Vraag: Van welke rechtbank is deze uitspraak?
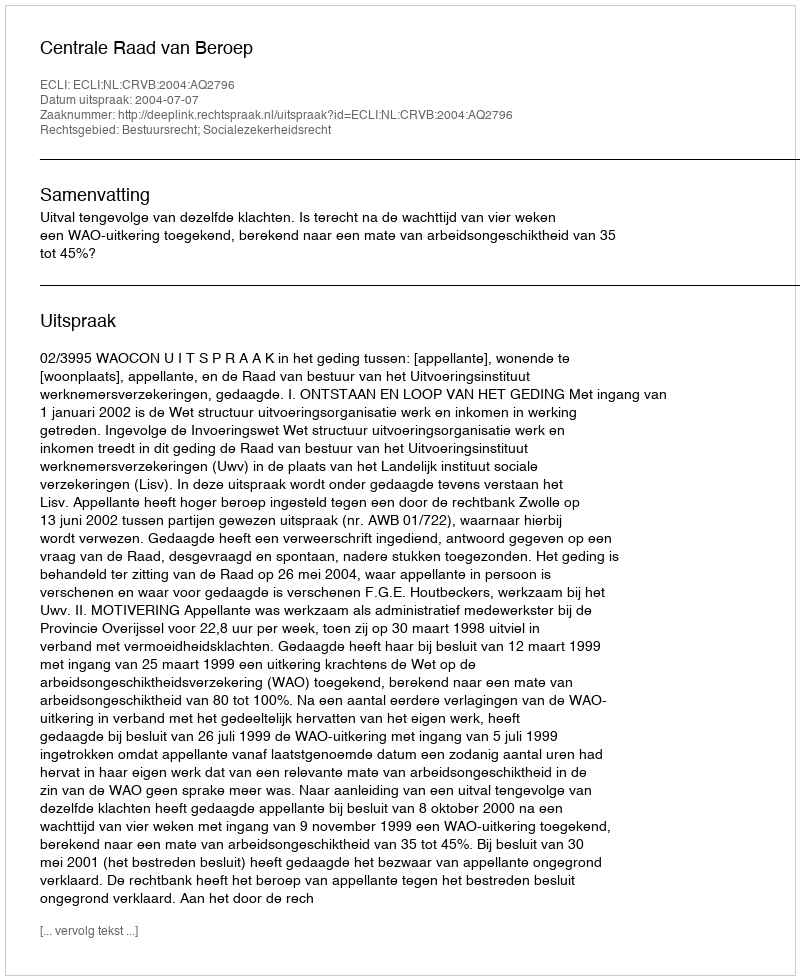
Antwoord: Centrale Raad van Beroep